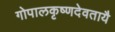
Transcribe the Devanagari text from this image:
गोपालकृष्णदेवतायै